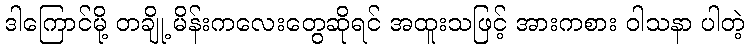
ဒါကြောင်မို့ တချို့ မိန်းကလေးတွေဆိုရင် အထူးသဖြင့် အားကစား ဝါသနာ ပါတဲ့